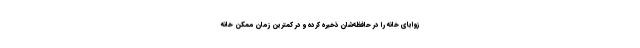
زوایای خانه را در حافظه‌شان ذخیره کرده و در کمترین زمان ممکن خانه